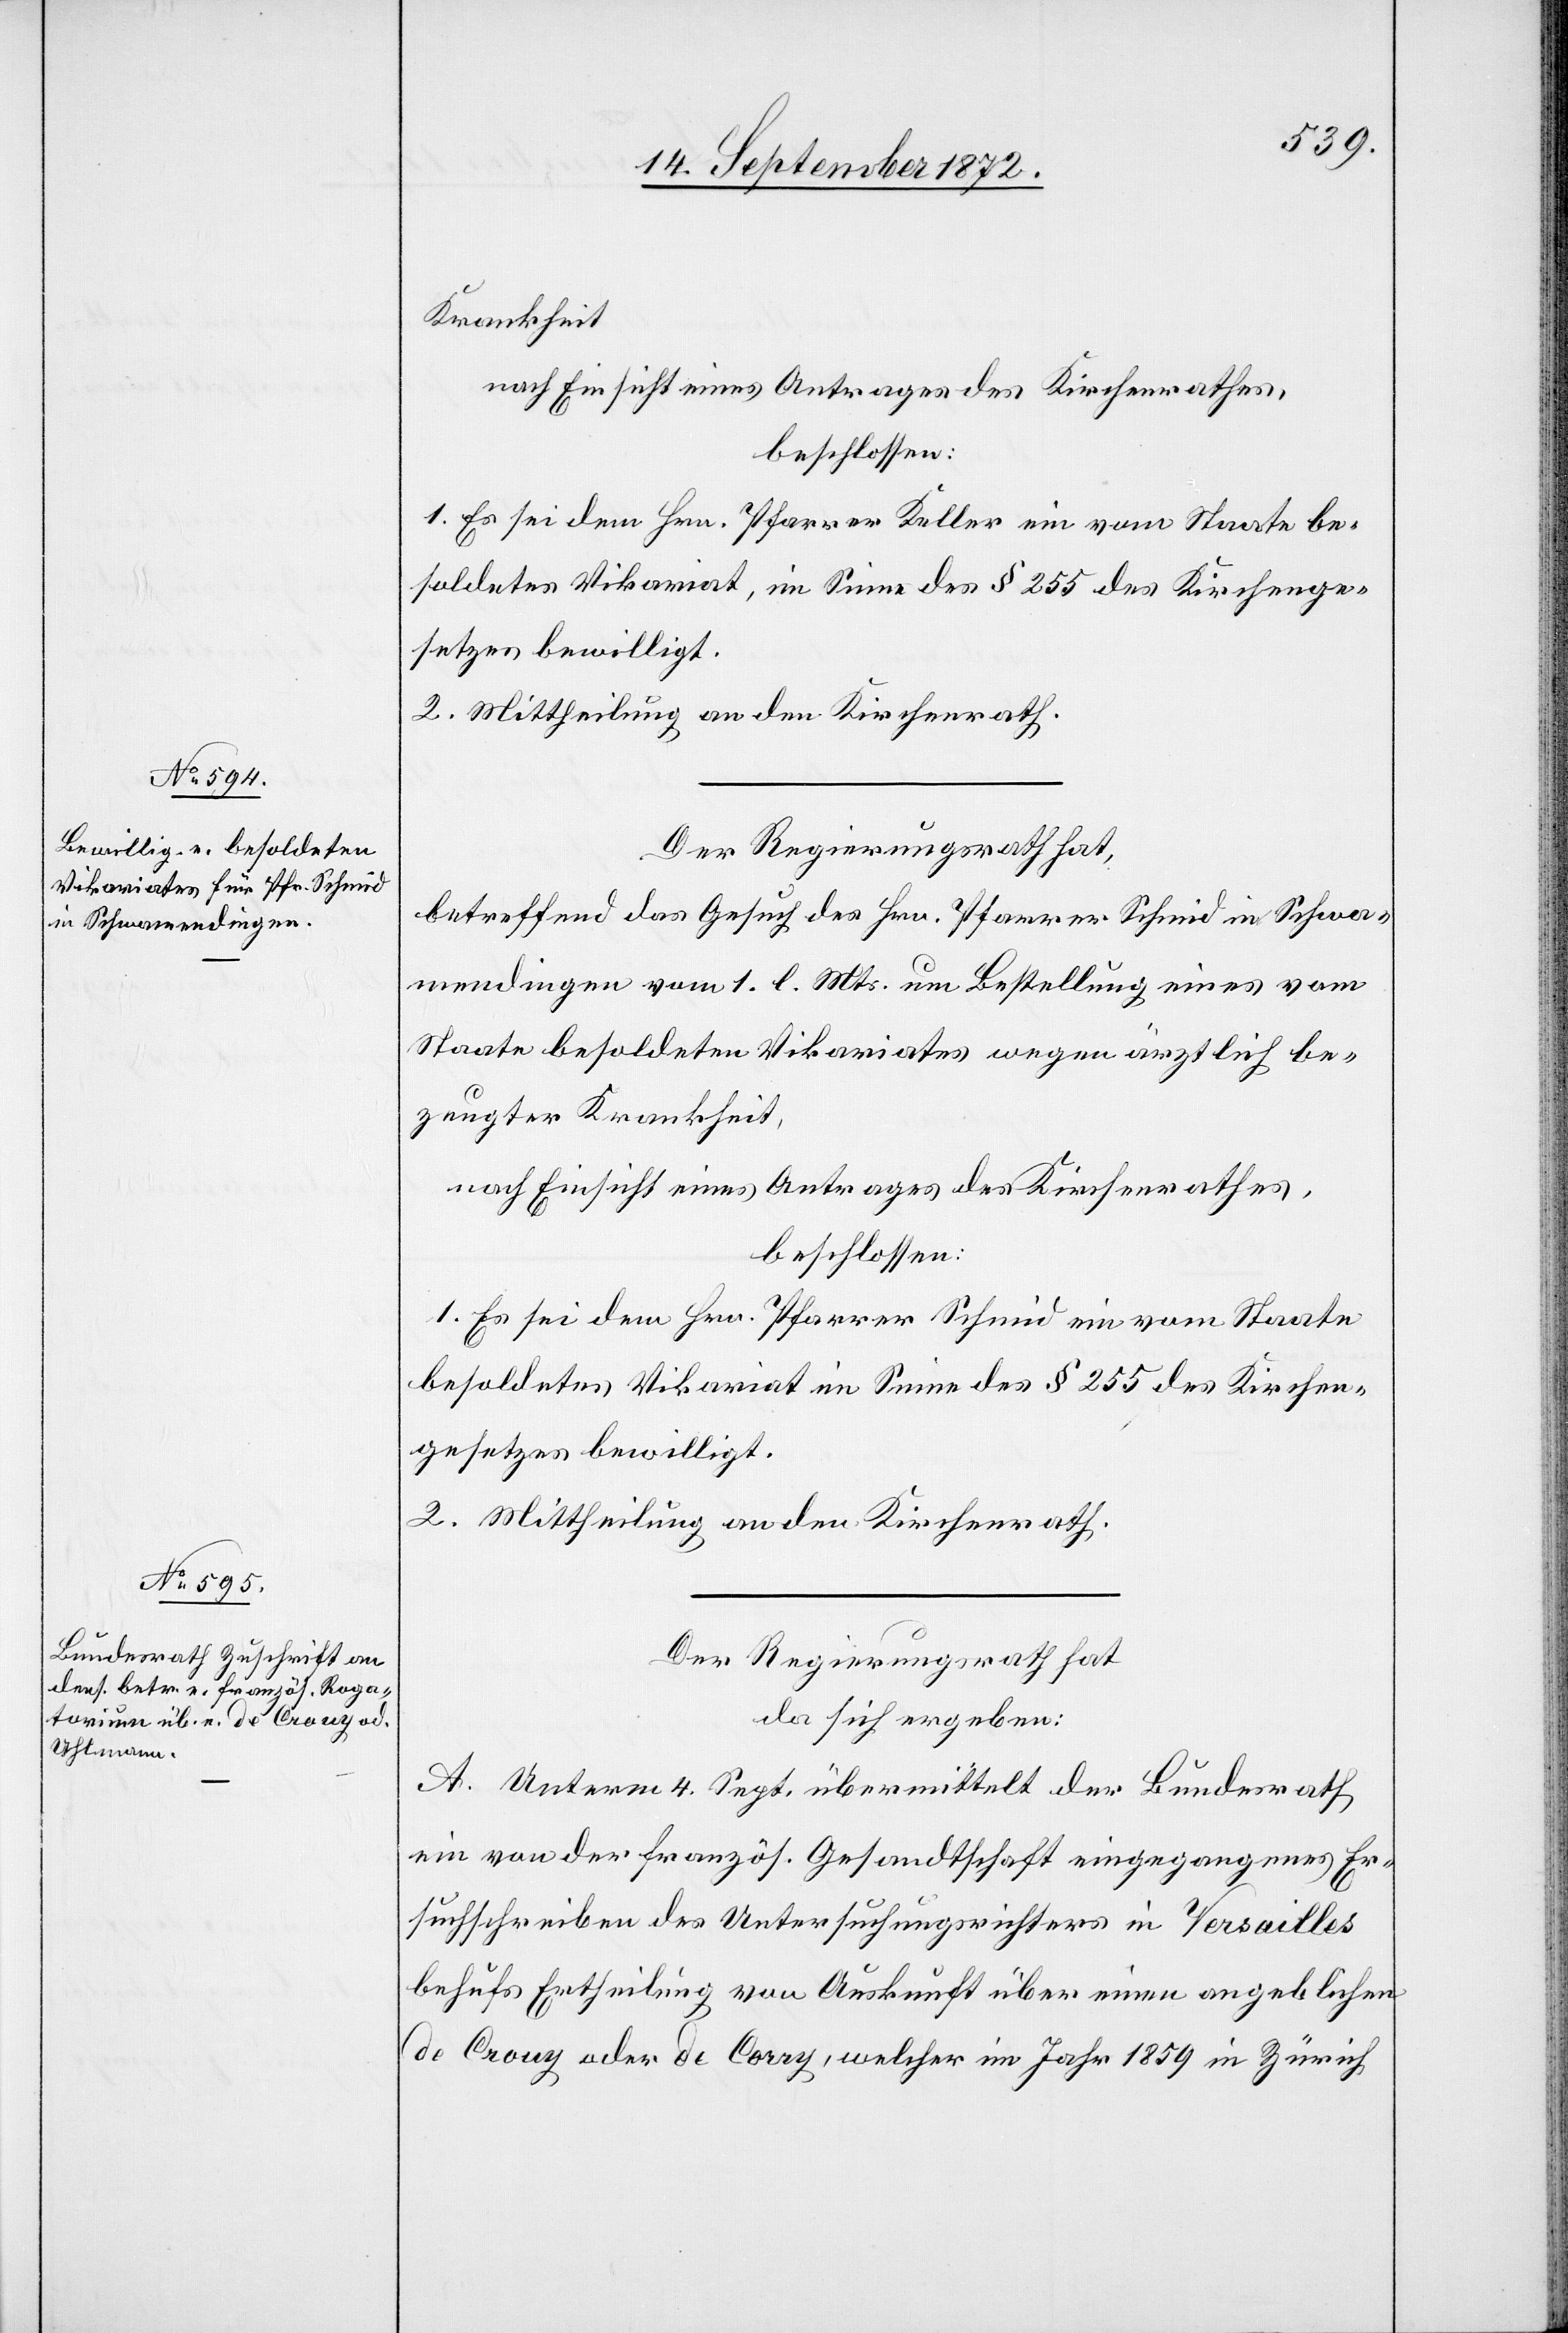
Krankheit
nach Einsicht eines Antrages des Kirchenrathes,
beschlossen:
1. Es sei dem Hrn. Pfarrer Keller ein vom Staate be¬
soldetes Vikariat, im Sinne des § 255 des Kirchenge¬
setzes bewilligt.
2. Mittheilung an den Kirchenrath.
Der Regierungsrath hat,
betreffend das Gesuch des Hrn. Pfarrer Schmid in Schwa¬
mendingen vom 1. l. Mts. um Bestellung eines vom
Staate besoldeten Vikariates wegen ärztlich be¬
zeugter Krankheit,
nach Einsicht eines Antrages des Kirchenrathes,
beschlossen:
1. Es sei dem Hrn. Pfarrer Schmid ein vom Staate
besoldetes Vikariat im Sinne des § 255 des Kirchen¬
gesetzes bewilligt.
2. Mittheilung an den Kirchenrath.
Der Regierungsrath hat
da sich ergeben:
A. Unterm 4. Sept. übermittelt der Bundesrath
ein von der französ. Gesandtschaft eingegangenes Er¬
suchschreiben des Untersuchungsrichters in Versailles
behufs Ertheilung von Auskunft über einen angeblichen
de Crouy oder de Corry, welcher im Jahr 1859 in Zürich